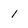
Character: 1